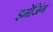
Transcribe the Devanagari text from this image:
इमेजिंग